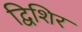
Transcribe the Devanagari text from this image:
द्विशिर